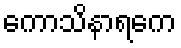
ကောသိနာရကေ